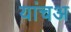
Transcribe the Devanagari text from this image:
यांचअ